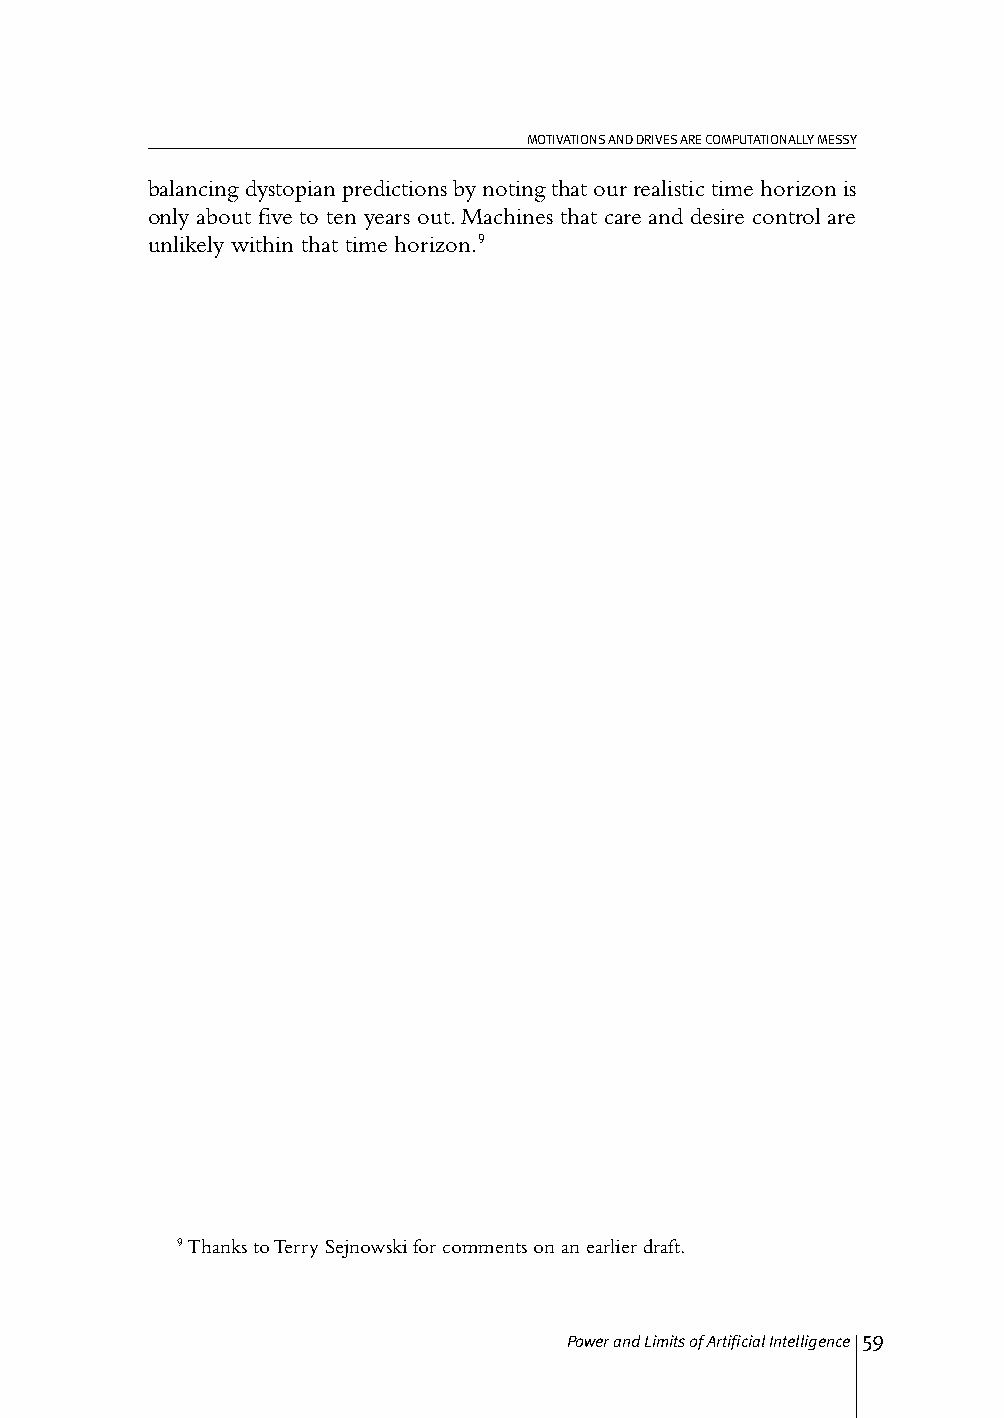
MOTIVATIONS AND DRIVES ARE COMPUTATIONALLY MESSY
 balancing dystopian predictions by noting that our realistic time horizon is
 only about five to ten years out. Machines that care and desire control are
 unlikely within that time horizon.9
 9 Thanks to Terry Sejnowski for comments on an earlier draft.
 Power and Limits of Artificial Intelligence 59